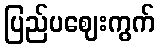
ပြည်ပဈေးကွက်